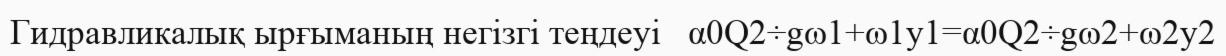
Гидравликалық ырғыманың негізгі теңдеуі   α0Q2÷gω1+ω1y1=α0Q2÷gω2+ω2y2